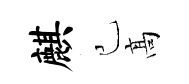
麒己髙